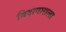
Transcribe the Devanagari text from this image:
विदागाराला